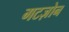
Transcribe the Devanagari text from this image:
गटज़ोन